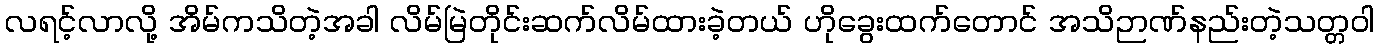
လရင့်လာလို့ အိမ်ကသိတဲ့အခါ လိမ်မြဲတိုင်းဆက်လိမ်ထားခဲ့တယ် ဟိုခွေးထက်တောင် အသိဉာဏ်နည်းတဲ့သတ္တဝါ